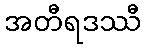
အတီရဒဿီ